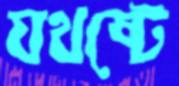
যথষ্টে